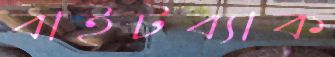
বাইটব্যাক